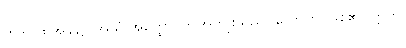
တဒါ၊ ထိုအခါ၌။ အယံ အတ္ထော၊ ဤအကျိုးသည်။ ဟောတိ၊ ဖြစ်၏။ ဣတိ၊